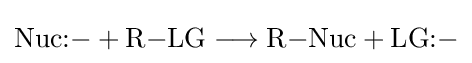
{\mathrm {Nuc} \mathbf {:} {-}{}+{}\mathrm {R} {-}\mathrm {LG} {}\mathrel {\longrightarrow } {}\mathrm {R} {-}\mathrm {Nuc} {}+{}\mathrm {LG} \mathbf {:} {-}}